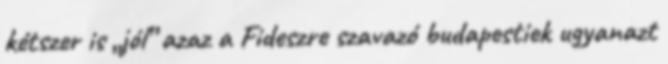
kétszer is „jól” azaz a Fideszre szavazó budapestiek ugyanazt